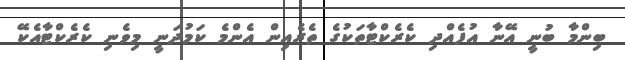
ބިންމާ ބުނީ އޭނާ އުފެއްދި ކެރެކްޓާތަކުގެ ތެރެއިން އެންމެ ކަމުދަނީ މިވެނި ކެރެކްޓާއެކޭ